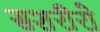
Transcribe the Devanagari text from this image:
सशरीरो